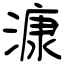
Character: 漮